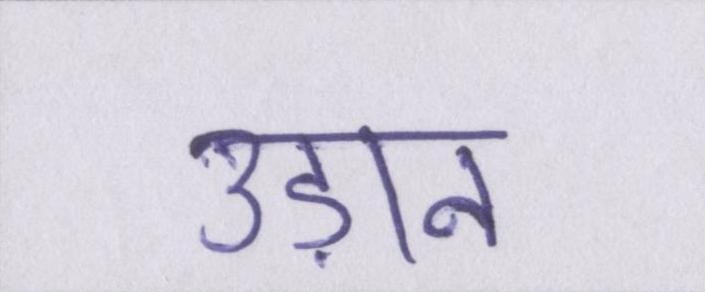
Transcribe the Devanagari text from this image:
उड़ान